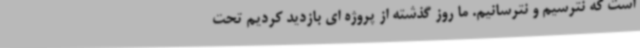
است که نترسیم و نترسانیم. ما روز گذشته از پروژه ای بازدید کردیم تحت